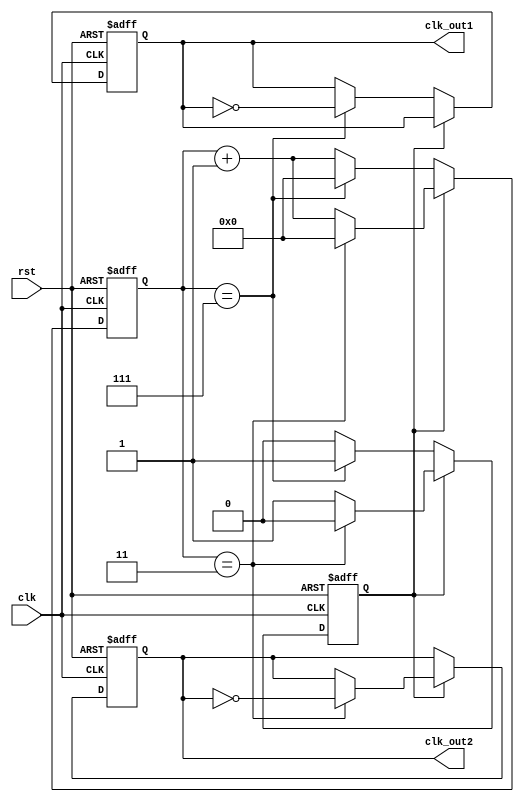
module dual_modulus_clock_divider (
  input clk,
  input rst,
  output reg clk_out1,
  output reg clk_out2
);

reg [N-1:0] count;
reg toggle;

parameter N = 8;
parameter M = 4;

always @(posedge clk or posedge rst) begin
  if (rst) begin
    count <= 0;
    toggle <= 0;
    clk_out1 <= 0;
    clk_out2 <= 0;
  end else begin
    if (toggle) begin
      if (count == M-1) begin
        count <= 0;
        toggle <= 0;
        clk_out2 <= ~clk_out2;
      end else begin
        count <= count + 1;
      end
    end else begin
      if (count == N-1) begin
        count <= 0;
        toggle <= 1;
        clk_out1 <= ~clk_out1;
      end else begin
        count <= count + 1;
      end
    end
  end
end

endmodule